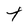
Character: t